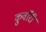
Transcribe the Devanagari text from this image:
कुवाँरी